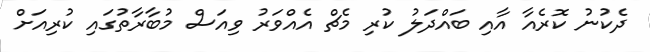
ދެކުނު ކޮރެއާ އާއި ބައްދަލު ކުރި މެޗް އެއްވަރު ވިއަސް މުބާރާތުގައި ކުރިއަށް